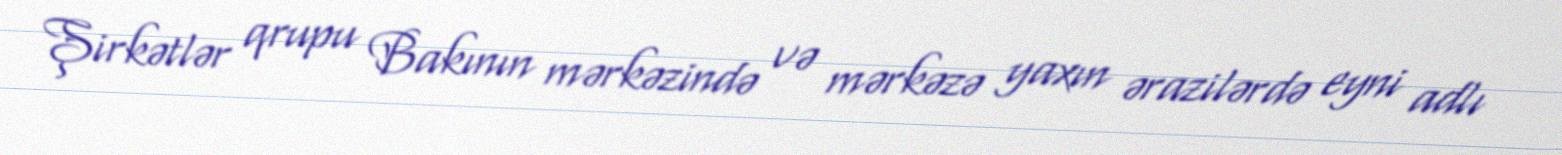
Şirkətlər qrupu Bakının mərkəzində və mərkəzə yaxın ərazilərdə eyni adlı